Indian journal of veterinary science and animal husbandry - Volume 12,
Year: 1942
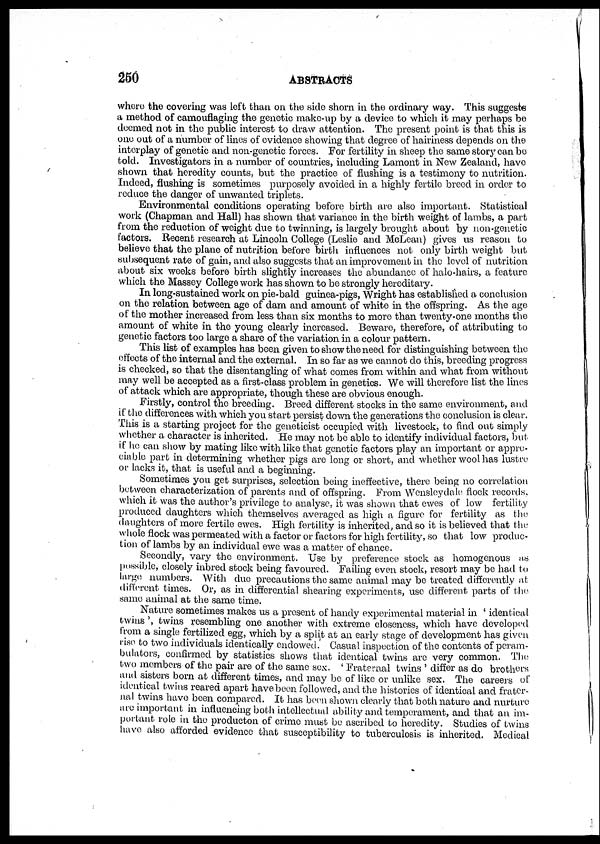
250
ABSTRACTS
whore the covering was left than on the side shorn in the ordinary way. This suggests
a method of camouflaging the genetic make-up by a device to which it may perhaps be
deemed not in the public interest to draw attention. The present point is that this is
one out of a number of lines of evidence showing that degree of hairiness depends on the
interplay of genetic and non-genetic forces. For fertility in sheep the same story can be
told. Investigators in a number of countries, including Lamont in New Zealand, have
shown that heredity counts, but the practice of flushing is a testimony to nutrition.
Indeed, flushing is sometimes purposely avoided in a highly fertile breed in order to
reduce the danger of unwanted triplets.
Environmental conditions operating before birth are also important. Statistical
work (Chapman and Hall) has shown that variance in the birth weight of lambs, a part
from the reduction of weight due to twinning, is largely brought about by non-genetic
factors. Recent research at Lincoln College (Leslie and McLean) gives us reason to
believe that the plane of nutrition before birth influences not only birth weight but
subsequent rate of gain, and also suggests that an improvement in the level of nutrition
about six weeks before birth slightly increases the abundance of halo-hairs, a feature
which the Massey College work has shown to be strongly hereditary.
In long-sustained work on pie-bald guinea-pigs, Wright has established a conclusion
on the relation between age of dam and amount of white in the offspring. As the age
of the mother increased from less than six months to more than twenty-one months the
amount of white in the young clearly increased. Beware, therefore, of attributing to
genetic factors too large a share of the variation in a colour pattern.
This list of examples has been given to show the need for distinguishing between the
effects of the internal and the external. In so far as we cannot do this, breeding progress
is checked, so that the disentangling of what comes from within and what from without
may well be accepted as a first-class problem in genetics. We will therefore list the lines
of attack which are appropriate, though these are obvious enough.
Firstly, control the breeding. Breed different stocks in the same environment, and
if the differences with which you start persist down the generations the conclusion is clear.
This is a starting project for the geneticist occupied with livestock, to find out simply
whether a character is inherited. He may not be able to identify individual factors, but
if he can show by mating like with like that genetic factors play an important or appre-
ciable part in determining whether pigs are long or short, and whether wool has lustre
or lacks it, that is useful and a beginning.
Sometimes you get surprises, selection being ineffective, there being no correlation
between characterization of parents and of offspring. From Wensleydale flock records,
which it was the author's privilege to analyse, it was shown that ewes of low fertility
produced daughters which themselves averaged as high a figure for fertility as the
daughters of more fertile ewes. High fertility is inherited, and so it is believed that the
whole flock was permeated with a factor or factors for high fertility, so that low produc-
tion of lambs by an individual ewe was a matter of chance.
Secondly, vary the environment. Use by preference stock as homogenous as
possible, closely inbred stock being favoured. Failing even stock, resort may be had to
large numbers. With due precautions the same animal may be treated differently at
different times. Or, as in differential shearing experiments, use different parts of the
same animal at the same time.
Nature sometimes makes us a present of handy experimental material in ' identical
twins', twins resembling one another with extreme closeness, which have developed
from a single fertilized egg, which by a split at an early stage of development has given
rise to two individuals identically endowed. Casual inspection of the contents of peram-
bulators, confirmed by statistics shows that identical twins are very common. The
two members of the pair are of the same sex. ' Fraternal twins ' differ as do brothers
and sisters born at different times, and may be of like or unlike sex. The careers of
identical twins reared apart have been followed, and the histories of identical and frater¬
nal twins have been compared. It has been shown clearly that both nature and nurture
are important in influencing both intellectual ability and temperament, and that an im-
portant role in the producton of crime must be ascribed to heredity. Studies of twins
have also afforded evidence that susceptibility to tuberculosis is inherited. Medical